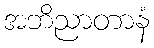
အဘိညာတာနံ